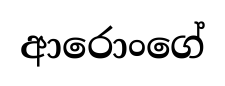
ආරොංගේ